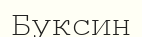
Буксин